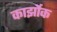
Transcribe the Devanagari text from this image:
कार्झोक